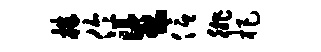
株伶生信徘杷